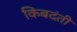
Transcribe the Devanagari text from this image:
किबदंती